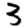
Digit: 3